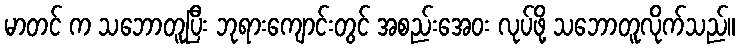
မာတင် က သဘောတူပြီး ဘုရားကျောင်းတွင် အစည်းအေဝး လုပ်ဖို့ သဘောတူလိုက်သည်။